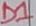
Text: D1